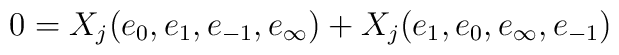
0=X_j(e_0,e_1,e_{-1},e_\infty)+X_j(e_1,e_0,e_\infty,e_{-1})